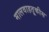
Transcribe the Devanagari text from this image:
मालवाहतूकीस